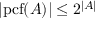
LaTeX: | \mathrm { { p c f } } ( A ) | \leq 2 ^ { | A | }